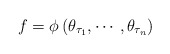
\begin{align*}f=\phi \left( \theta _{\tau _{1}},\cdots ,\theta _{\tau _{n}}\right)\end{align*}